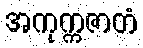
အကုက္ကဇာတံ